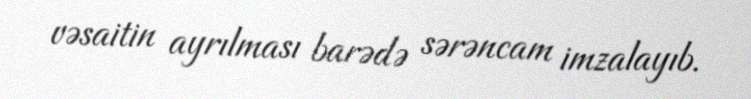
vəsaitin ayrılması barədə sərəncam imzalayıb.